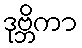
ဒုဗ္ဘိကာ